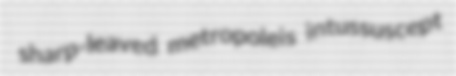
sharp-leaved metropoleis intussuscept